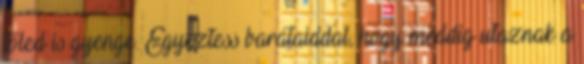
tőled is gyenge. Egyeztess barátaiddal, hogy meddig utaznak a